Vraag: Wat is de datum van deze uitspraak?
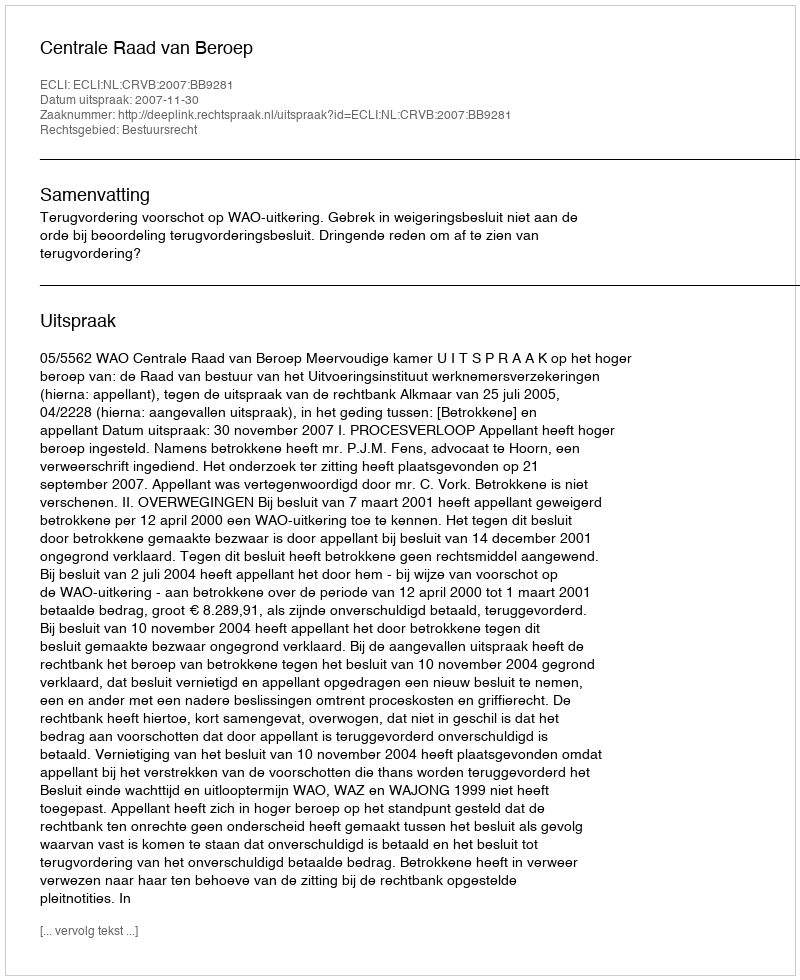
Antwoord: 2007-11-30